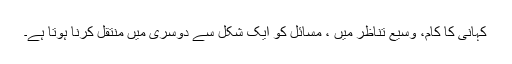
کہانی کا کام، وسیع تناظر میں ، مسائل کو ایک شکل سے دوسری میں منتقل کرنا ہوتا ہے۔